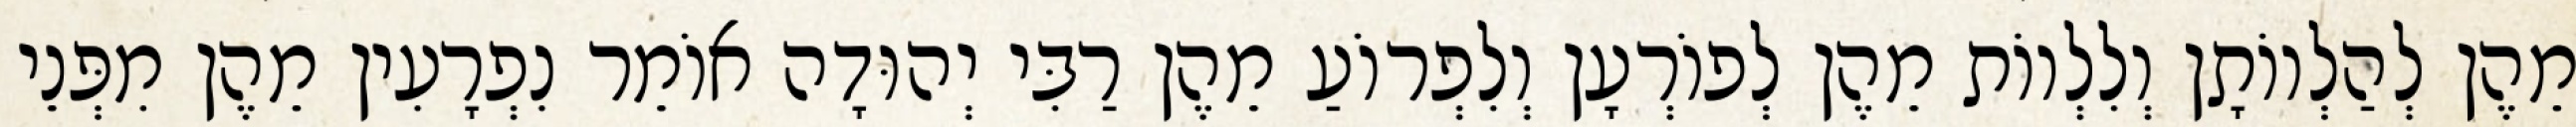
מֵהֶן לְהַלְווֹתָן וְלִלְווֹת מֵהֶן לְפוֹרְעָן וְלִפְרוֹעַ מֵהֶן רַבִּי יְהוּדָה אוֹמֵר נִפְרָעִין מֵהֶן מִפְּנֵי